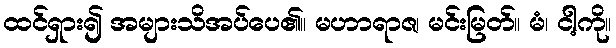
ထင်ရှား၍ အများသိအပ်ပေ၏။ မဟာရာဇ၊ မင်းမြတ်။ မံ၊ ငါ့ကို။